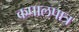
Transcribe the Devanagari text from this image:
कपालपात्र